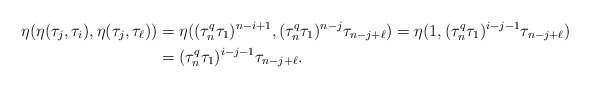
\begin{align*}\eta(\eta(\tau_j, \tau_i), \eta(\tau_j, \tau_\ell))&=\eta((\tau_n^q\tau_1)^{n-i+1}, (\tau_n^q\tau_1)^{n-j} \tau_{n-j+\ell})=\eta(1, (\tau_n^q\tau_1)^{i-j-1}\tau_{n-j+\ell})\\&=(\tau_n^q\tau_1)^{i-j-1}\tau_{n-j+\ell}.\end{align*}